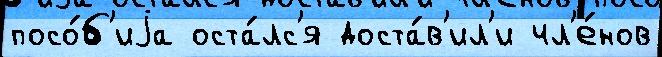
посо́б'иjа оста́лс'я доста́в'ил'и чл'е́нов